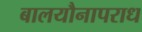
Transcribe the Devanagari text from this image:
बालयौनापराध